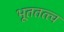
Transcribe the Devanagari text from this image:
भूततत्त्व